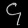
Digit: ၄